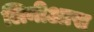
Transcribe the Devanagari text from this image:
लिनीआस